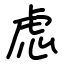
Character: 虑